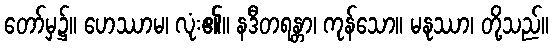
တော်မှ၌။ ဟေဿာမ၊ လုံး၏။ နဒီတရန္တာ၊ ကုန်သော။ မနုဿာ၊ တို့သည်။